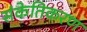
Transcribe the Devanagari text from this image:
संकेतिकरण